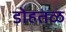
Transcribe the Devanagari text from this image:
डोहतळ